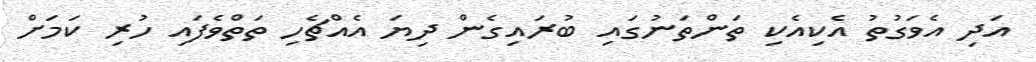
އަދި އެވަގުތު އެކިއެކި ތަންތަނުގައި ބުރައިގެން ދިޔަ އެއްޗެހި ތަތްވެފައި ހުރި ކަމަށް